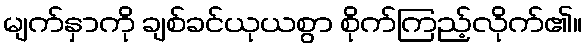
မျက်နှာကို ချစ်ခင်ယုယစွာ စိုက်ကြည့်လိုက်၏။